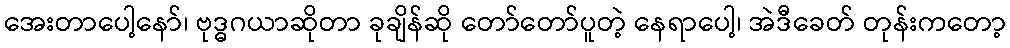
အေးတာပေါ့နော်၊ ဗုဒ္ဓဂယာဆိုတာ ခုချိန်ဆို တော်တော်ပူတဲ့ နေရာပေါ့၊ အဲဒီခေတ် တုန်းကတော့